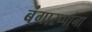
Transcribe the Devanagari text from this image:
बंगारप्पांना